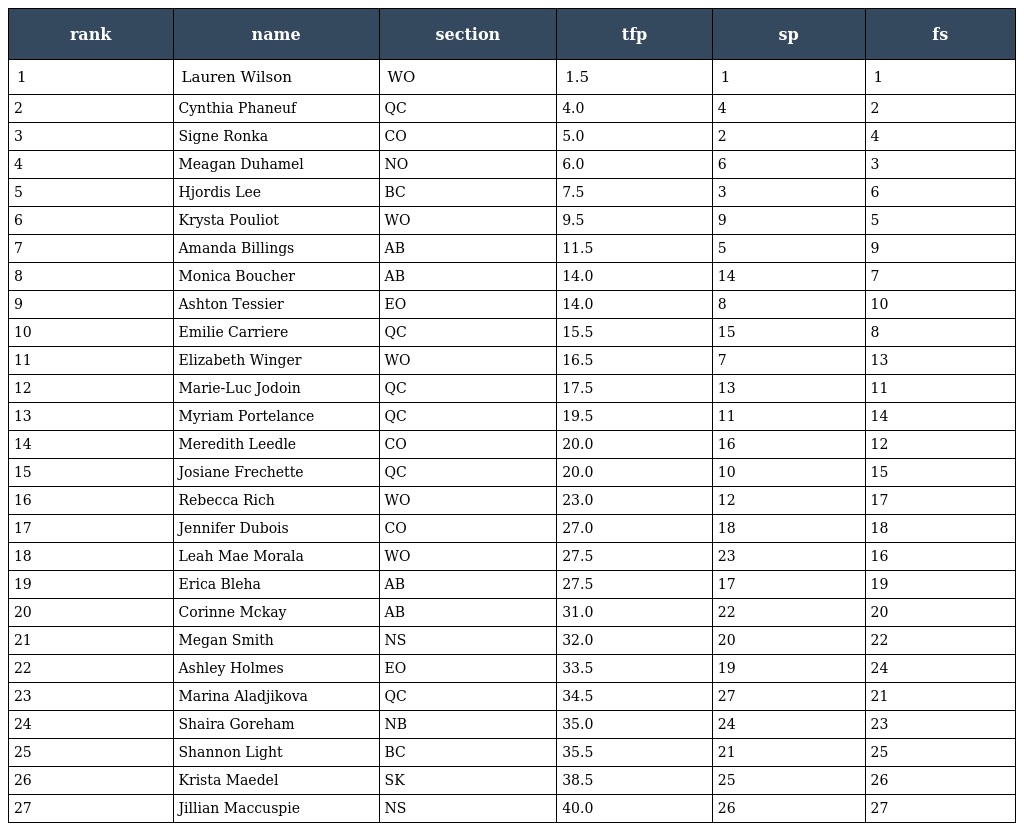
| rank | name | section | tfp | sp | fs |
 | --- | --- | --- | --- | --- | --- |
 | 1 | Lauren Wilson | WO | 1.5 | 1 | 1 |
 | 2 | Cynthia Phaneuf | QC | 4.0 | 4 | 2 |
 | 3 | Signe Ronka | CO | 5.0 | 2 | 4 |
 | 4 | Meagan Duhamel | NO | 6.0 | 6 | 3 |
 | 5 | Hjordis Lee | BC | 7.5 | 3 | 6 |
 | 6 | Krysta Pouliot | WO | 9.5 | 9 | 5 |
 | 7 | Amanda Billings | AB | 11.5 | 5 | 9 |
 | 8 | Monica Boucher | AB | 14.0 | 14 | 7 |
 | 9 | Ashton Tessier | EO | 14.0 | 8 | 10 |
 | 10 | Emilie Carriere | QC | 15.5 | 15 | 8 |
 | 11 | Elizabeth Winger | WO | 16.5 | 7 | 13 |
 | 12 | Marie-Luc Jodoin | QC | 17.5 | 13 | 11 |
 | 13 | Myriam Portelance | QC | 19.5 | 11 | 14 |
 | 14 | Meredith Leedle | CO | 20.0 | 16 | 12 |
 | 15 | Josiane Frechette | QC | 20.0 | 10 | 15 |
 | 16 | Rebecca Rich | WO | 23.0 | 12 | 17 |
 | 17 | Jennifer Dubois | CO | 27.0 | 18 | 18 |
 | 18 | Leah Mae Morala | WO | 27.5 | 23 | 16 |
 | 19 | Erica Bleha | AB | 27.5 | 17 | 19 |
 | 20 | Corinne Mckay | AB | 31.0 | 22 | 20 |
 | 21 | Megan Smith | NS | 32.0 | 20 | 22 |
 | 22 | Ashley Holmes | EO | 33.5 | 19 | 24 |
 | 23 | Marina Aladjikova | QC | 34.5 | 27 | 21 |
 | 24 | Shaira Goreham | NB | 35.0 | 24 | 23 |
 | 25 | Shannon Light | BC | 35.5 | 21 | 25 |
 | 26 | Krista Maedel | SK | 38.5 | 25 | 26 |
 | 27 | Jillian Maccuspie | NS | 40.0 | 26 | 27 |